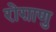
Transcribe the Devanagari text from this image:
रोग़ाणु